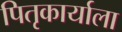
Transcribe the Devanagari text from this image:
पितृकार्याला